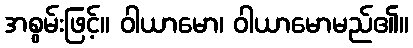
အစွမ်းဖြင့်။ ဝါယာမော၊ ဝါယာမောမည်၏။